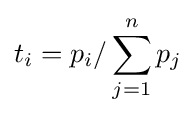
t_{i}=p_{i}/\sum _{j=1}^{n}p_{j}